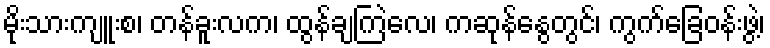
မိုးသားကျူးစ၊ တန်ခူးလက၊ ထွန်ချကြဲလေ၊ ကဆုန်နွေတွင်၊ ကွက်ခြေဝန်းဖွဲ့၊